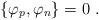
LaTeX: \begin{align*}\{ \varphi_p,\varphi_n\}=0\ .\end{align*}